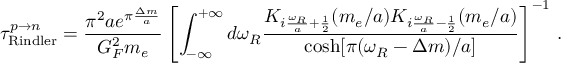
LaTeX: { \tau } _ { \mathrm { R i n d l e r } } ^ { p \to n } = \frac { \pi ^ { 2 } a e ^ { \pi \frac { \Delta m } { a } } } { G _ { F } ^ { 2 } m _ { e } } \left[ \int _ { - \infty } ^ { + \infty } d { \omega _ { R } } \frac { K _ { i \frac { { \omega _ { R } } } { a } + \frac { 1 } { 2 } } ( m _ { e } / a ) K _ { i \frac { { \omega _ { R } } } { a } - \frac { 1 } { 2 } } ( m _ { e } / a ) } { \cosh [ \pi ( { \omega _ { R } } - { \Delta m } ) / a ] } \right] ^ { - 1 } \, .